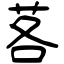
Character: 茖